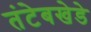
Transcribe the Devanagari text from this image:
तंटेबखेडे